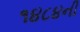
૧૪૮૪ની